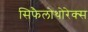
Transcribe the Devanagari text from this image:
सिफैलोथोरेक्स